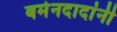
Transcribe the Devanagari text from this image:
बर्मनदादांनी